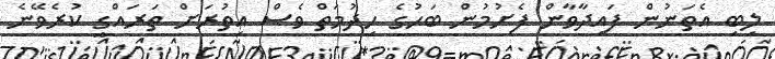
ލިބި އެތަނުން ފައިދާވާން ފެށުމުން ބަހުގެ ހިދުމަތް ވެސް އިތުރަށް ތަރައްގީ ކުރެވޭނެ